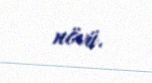
növü.